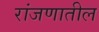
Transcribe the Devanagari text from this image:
रांजणातील